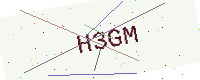
Text: H3GM